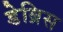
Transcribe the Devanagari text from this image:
डेब्रिस